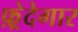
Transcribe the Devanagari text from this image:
फ़्रेदेगार